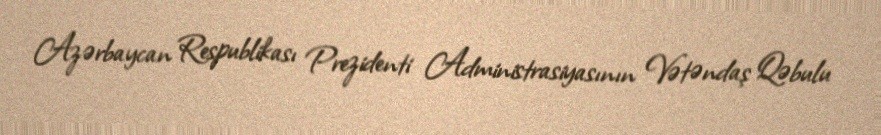
Azərbaycan Respublikası Prezidenti Administrasiyasının Vətəndaş Qəbulu